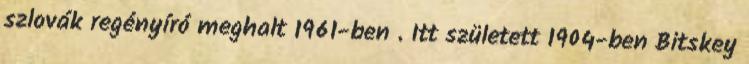
szlovák regényíró meghalt 1961-ben . Itt született 1904-ben Bitskey